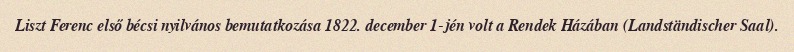
Liszt Ferenc első bécsi nyilvános bemutatkozása 1822. december 1-jén volt a Rendek Házában (Landständischer Saal).